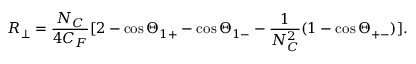
R _ { \perp } = \frac { N _ { C } } { 4 C _ { F } } [ 2 - \cos \Theta _ { 1 + } - \cos \Theta _ { 1 - } - \frac { 1 } { N _ { C } ^ { 2 } } ( 1 - \cos \Theta _ { + - } ) ] .